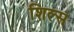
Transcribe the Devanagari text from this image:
शिल्स